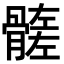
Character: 𩪄